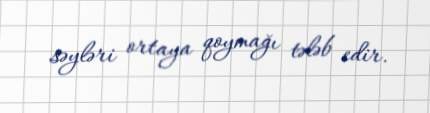
səyləri ortaya qoymağı tələb edir.